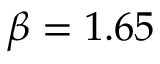
\beta = 1 . 6 5 \